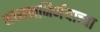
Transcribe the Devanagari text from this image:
शासननिर्णयाच्या